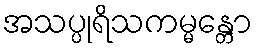
အသပ္ပုရိသကမ္မန္တော